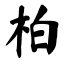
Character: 柏